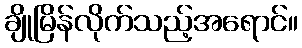
ချိုမြိန်လိုက်သည့်အရောင်။